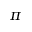
\pi